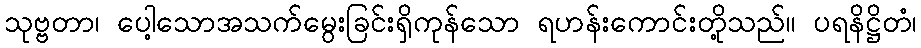
သုဗ္ဗတာ၊ ပေါ့သောအသက်မွေးခြင်းရှိကုန်သော ရဟန်းကောင်းတို့သည်။ ပရနိဋ္ဌိတံ၊